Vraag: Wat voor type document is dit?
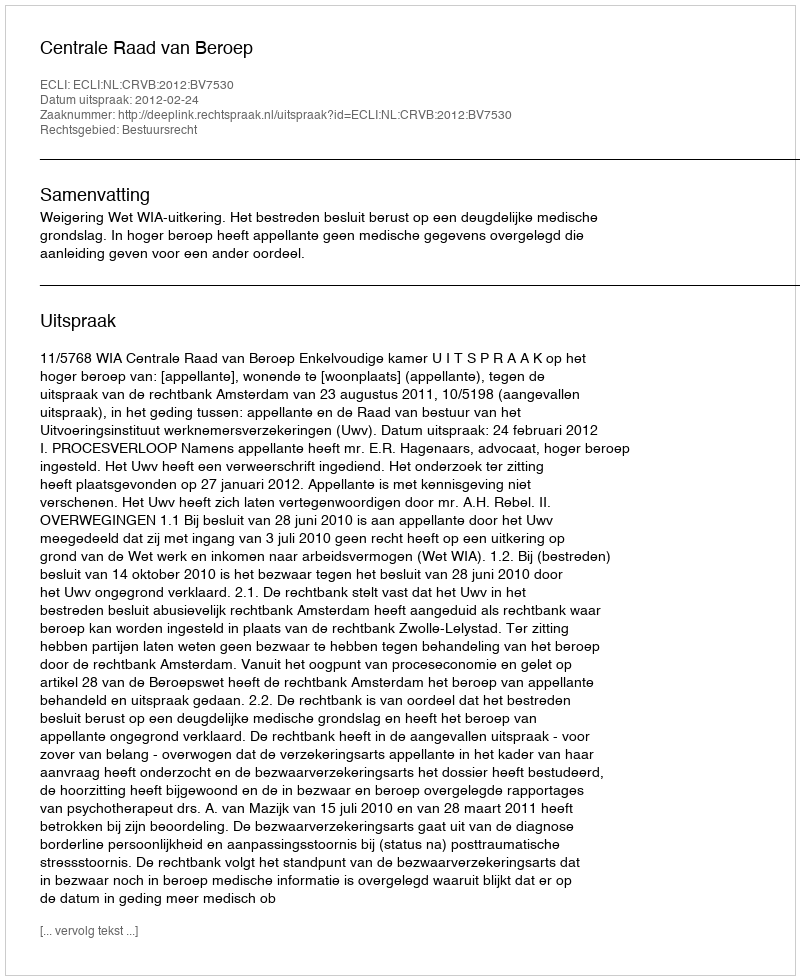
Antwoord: Uitspraak